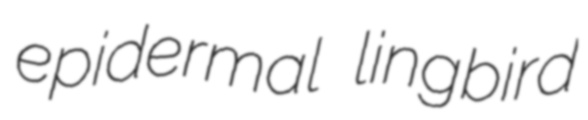
epidermal lingbird